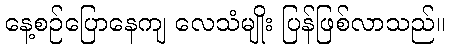
နေ့စဉ်ပြောနေကျ လေသံမျိုး ပြန်ဖြစ်လာသည်။